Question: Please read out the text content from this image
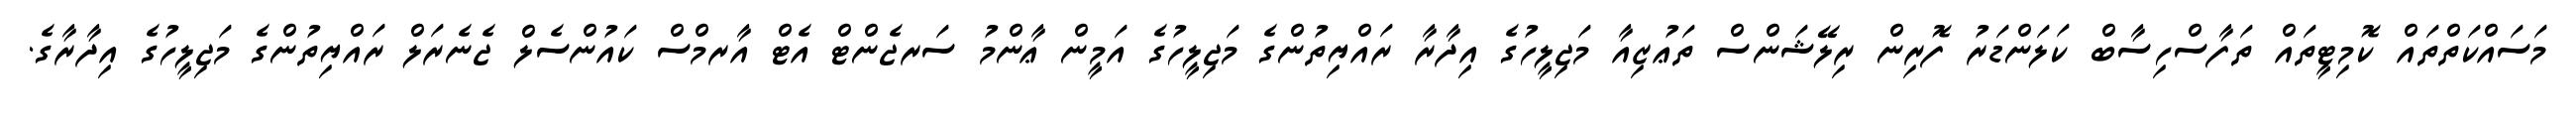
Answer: މަސައްކަތްތައް ކޮމިޓީތައް ތަފާސްހިސާބް ކަލަންޑަރު ފޮރިން ރިލޭޝަންސް ތަޢުޒިއާ މަޖިލީހުގެ އިދާރާ ރައްޔިތުންގެ މަޖިލީހުގެ އަމީން ޢާންމު ސަރޖެންޓް އެޓް އާރމްސް ކައުންސެލް ޖެނެރަލް ރައްޔިތުންގެ މަޖިލީހުގެ އިދާރާގެ.